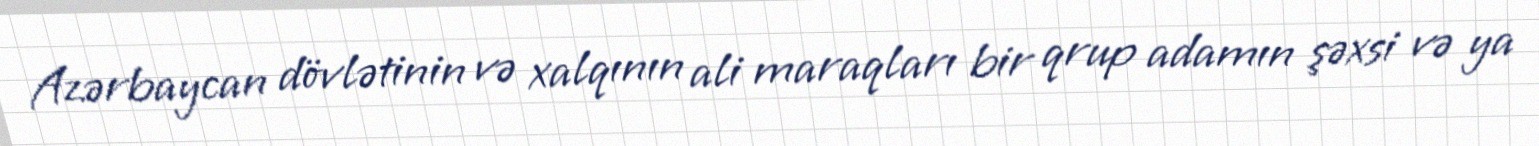
Azərbaycan dövlətinin və xalqının ali maraqları bir qrup adamın şəxsi və ya